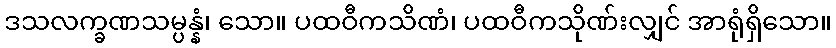
ဒသလက္ခဏသမ္ပန္နံ၊ သော။ ပထဝီကသိဏံ၊ ပထဝီကသိုဏ်းလျှင် အာရုံရှိသော။